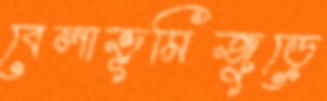
বেলাভূমিজুড়ে